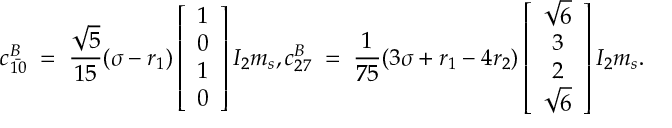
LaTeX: c _ { \bar { 1 0 } } ^ { B } \; = \; \frac { \sqrt { 5 } } { 1 5 } ( \sigma - r _ { 1 } ) \left[ \begin{array} { c } { { 1 } } \\ { { 0 } } \\ { { 1 } } \\ { { 0 } } \end{array} \right] I _ { 2 } m _ { s } , c _ { 2 7 } ^ { B } \; = \; \frac { 1 } { 7 5 } ( 3 \sigma + r _ { 1 } - 4 r _ { 2 } ) \left[ \begin{array} { c } { { \sqrt { 6 } } } \\ { { 3 } } \\ { { 2 } } \\ { { \sqrt { 6 } } } \end{array} \right] I _ { 2 } m _ { s } .